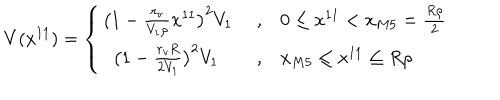
V ( x ^ { 1 1 } ) = \left\{ \begin{array} { l l l } { { \big ( 1 - \frac { r _ { v } } { V _ { 1 } \rho } x ^ { 1 1 } \big ) ^ { 2 } V _ { 1 } } } & { { \; , } } & { { 0 \le x ^ { 1 1 } < x _ { M 5 } = \frac { R \rho } { 2 } } } \\ { { \; \; \big ( 1 - \frac { r _ { v } R } { 2 V _ { 1 } } \big ) ^ { 2 } V _ { 1 } } } & { { \; , } } & { { x _ { M 5 } \le x ^ { 1 1 } \le R \rho } } \\ \end{array} \right.